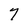
Character: 7